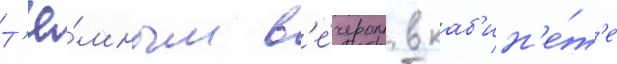
Т'ё́мным в'е́чером в каб'ин'е́т'е